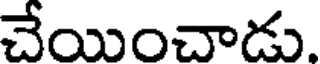
చేయించాడు.